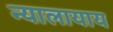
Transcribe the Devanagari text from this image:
न्यालायाय